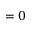
= 0